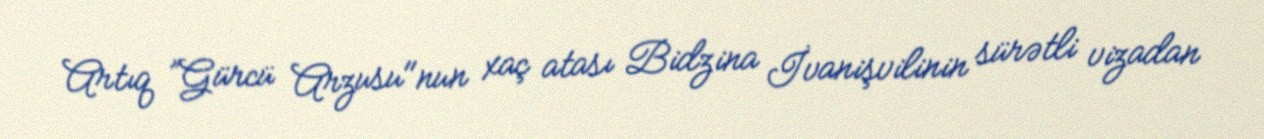
Artıq ”Gürcü Arzusu"nun xaç atası Bidzina İvanişvilinin sürətli vizadan